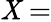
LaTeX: \mathit{X}=